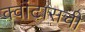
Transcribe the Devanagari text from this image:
क्वांटासची